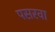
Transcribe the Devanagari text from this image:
पसरवा